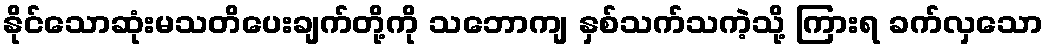
နိုင်သောဆုံးမသတိပေးချက်တို့ကို သဘောကျ နှစ်သက်သကဲ့သို့ ကြားရ ခက်လှသော